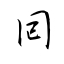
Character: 囘